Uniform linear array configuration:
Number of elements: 12
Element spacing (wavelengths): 1
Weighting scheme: kaiser
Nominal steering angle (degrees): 0
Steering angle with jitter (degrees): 1.413
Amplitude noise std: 0.05
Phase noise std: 0.05

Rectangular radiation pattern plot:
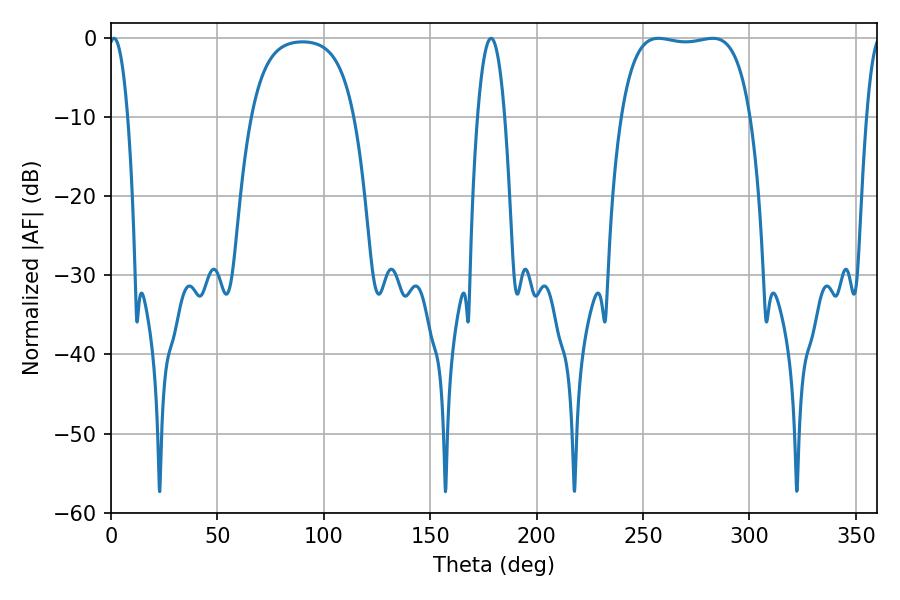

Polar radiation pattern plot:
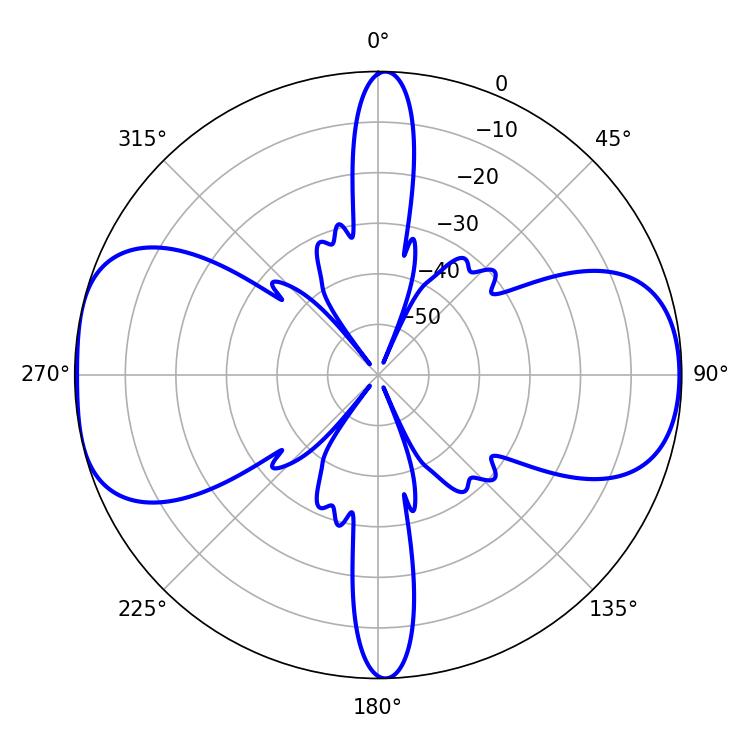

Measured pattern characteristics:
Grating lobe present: TRUE
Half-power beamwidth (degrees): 48.24
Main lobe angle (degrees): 257.22